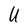
Character: U